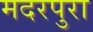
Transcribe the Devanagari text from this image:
मदरपुरा